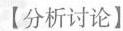
【分析讨论】